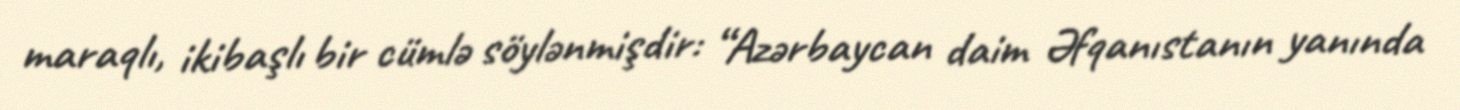
maraqlı, ikibaşlı bir cümlə söylənmişdir: “Azərbaycan daim Əfqanıstanın yanında